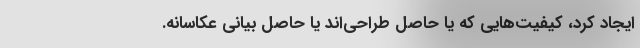
ایجاد کرد، کیفیت‌هایی که یا حاصل طراحی‌اند یا حاصل بیانی عکاسانه.